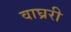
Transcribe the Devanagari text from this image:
वाघ्ररी